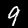
Label: 9